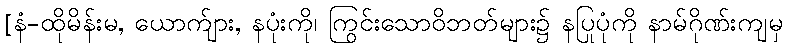
[နံ-ထိုမိန်းမ, ယောက်ျား, နပုံးကို၊ ကြွင်းသောဝိဘတ်များ၌ နပြုပုံကို နာမ်ဂိုဏ်းကျမှ